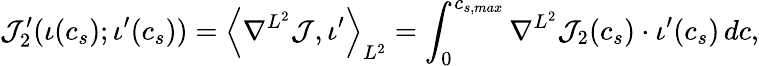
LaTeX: \mathcal{J}_{2}^{\prime}(\iota(c_{s});\iota^{\prime}(c_{s}))=\left\langle\nabla^{L^{2}}\mathcal{J},\iota^{\prime}\right\rangle_{L^{2}}=\int_{0}^{c_{s,max}}\nabla^{L^{2}}{\mathcal{J}}_{2}(c_{s})\cdot\iota^{\prime}(c_{s})\, dc,